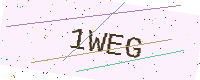
Text: 1WEG